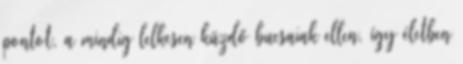
pontot, a mindig lelkesen küzdő bucsaiak ellen, így életben